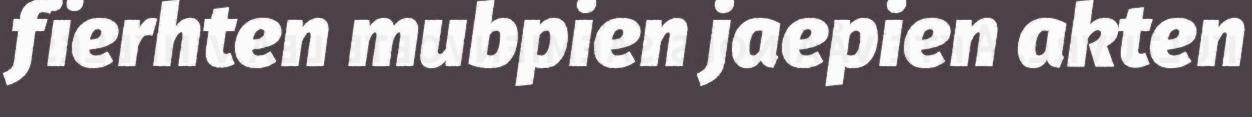
fïerhten mubpien jaepien akten